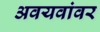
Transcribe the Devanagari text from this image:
अवयवांवर